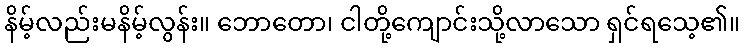
နိမ့်လည်းမနိမ့်လွန်း။ ဘောတော၊ ငါတို့ကျောင်းသို့လာသော ရှင်ရသေ့၏။